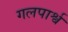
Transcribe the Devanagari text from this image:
गलपार्श्व